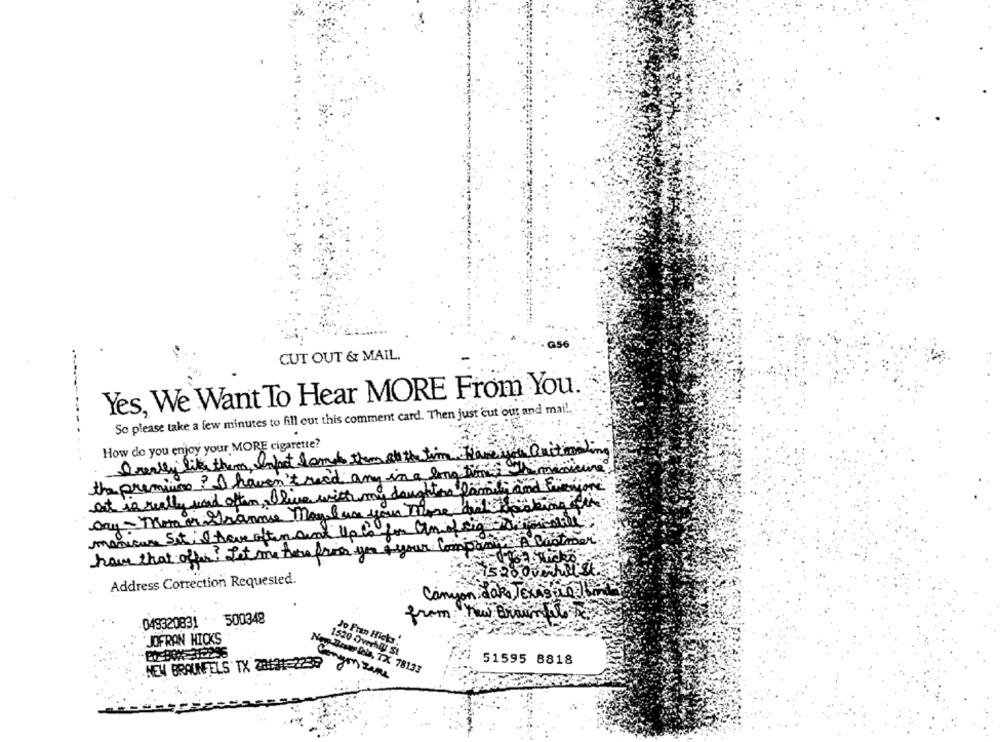
CUT OUT & MAIL.
Yes, We Want To Hear MORE From You.
So please take a few minutes to fill out this comment card. Then just 'cut out and mail."
How do you enjoy your MORE cigarette?
A really like them, Infact tomake them at the time Flame war Quitinaling
the premium? I haven't reed any in a long time manicure
at is really word often, Olive with my daughter lagmiti and funcione
ny - Mom on Grannse Maya& un your there biletaking the
manicure Set I have often sind tip is for Umofsig
have that offer. Let me home fries you your Company A Customer
Address Correction Requested.
Canyon dak , TEXASHOL
from : new Brown
049320831 500348
JOFRAN HICKS
Jo Fran Hicks"
1520 Overhly St
51595 8818
NEW BRAUNFELS TX 20131-2239
Nog.Brsur fols, TX 78133
Congos zene